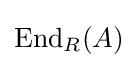
{\text{End}}_{R}(A)